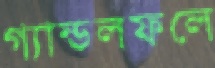
গ্যান্ডলফলে